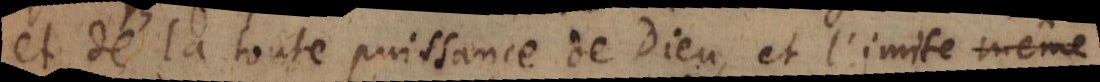
et de la toute puissance de Dieu, et l’imite même